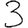
Digit: 3